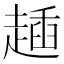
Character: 𧼰